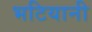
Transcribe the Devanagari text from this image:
भटियानी